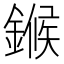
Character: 𬫺